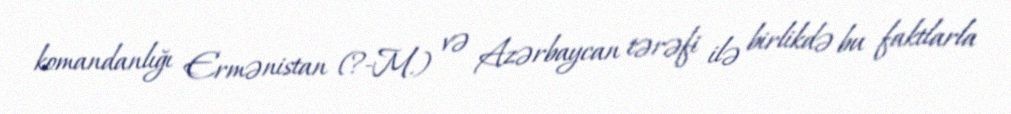
komandanlığı Ermənistan (?-M.) və Azərbaycan tərəfi ilə birlikdə bu faktlarla